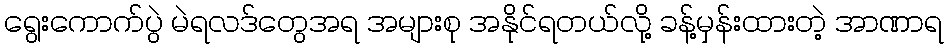
ရွေးကောက်ပွဲ မဲရလဒ်တွေအရ အများစု အနိုင်ရတယ်လို့ ခန့်မှန်းထားတဲ့ အာဏာရ